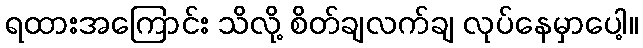
ရထားအကြောင်း သိလို့ စိတ်ချလက်ချ လုပ်နေမှာပေါ့။